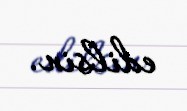
edilsin.